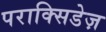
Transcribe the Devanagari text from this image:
पराक्सिडेज़